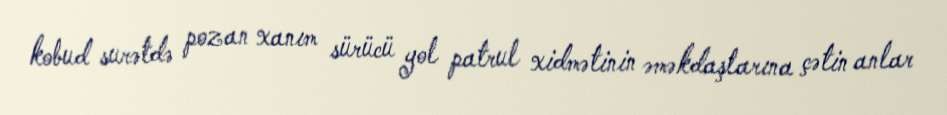
kobud surətdə pozan xanım sürücü yol patrul xidmətinin əməkdaşlarına çətin anlar